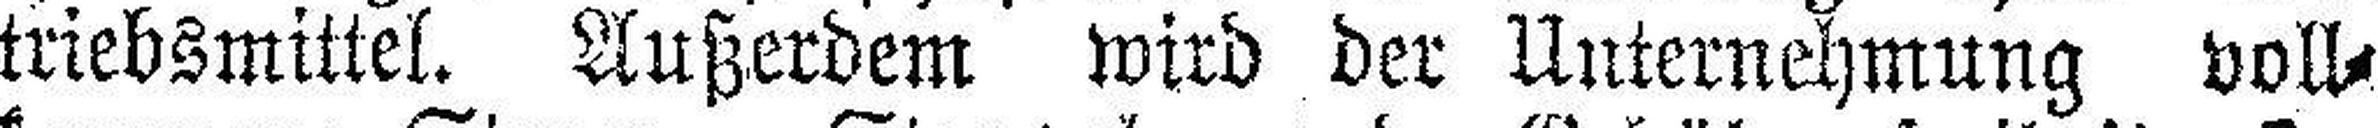
triebsmittel. Außerdem wird der Unternehmung voll¬